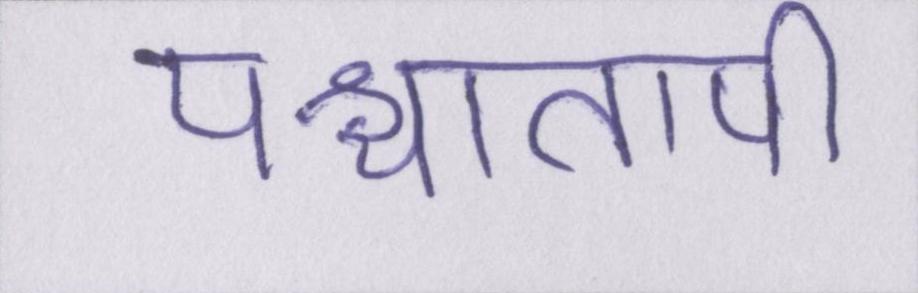
पश्चातापी